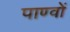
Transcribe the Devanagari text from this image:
पाण्वों